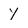
Character: y